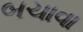
બચાવા